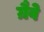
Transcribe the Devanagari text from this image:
ग्रैवे